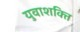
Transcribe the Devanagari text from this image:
युवाशक्‍ित